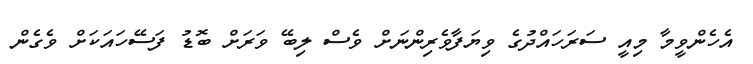
އެހެންވީމާ މިއީ ސަރަހައްދުގެ ވިޔަފާވެރިންނަށް ވެސް ލިބޭ ވަރަށް ބޮޑު ފަސޭހައަކަށް ވެގެން